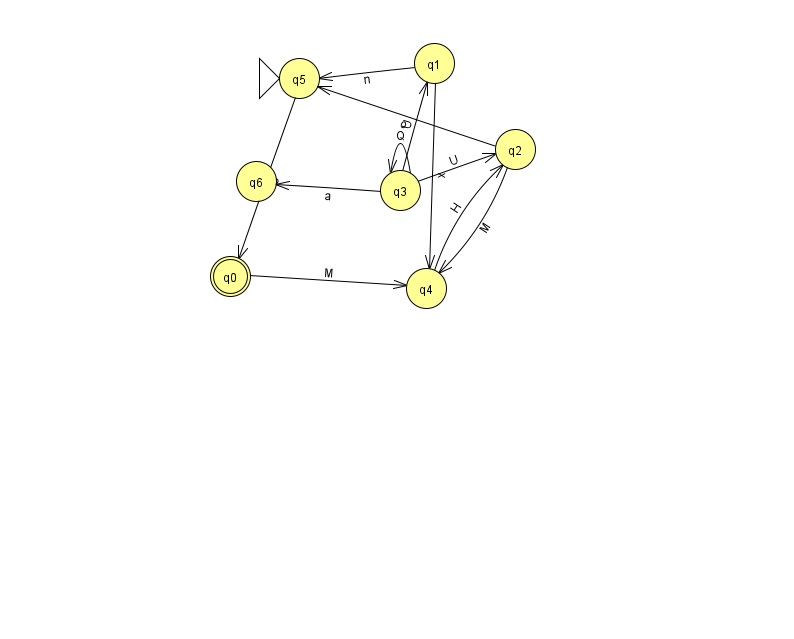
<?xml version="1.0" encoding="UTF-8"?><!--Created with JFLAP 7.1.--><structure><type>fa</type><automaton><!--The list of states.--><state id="0" name="q0"><x>230.0</x><y>263.0</y><final/></state><state id="1" name="q1"><x>434.0</x><y>50.0</y></state><state id="2" name="q2"><x>515.0</x><y>136.0</y></state><state id="3" name="q3"><x>400.0</x><y>177.0</y></state><state id="4" name="q4"><x>426.0</x><y>275.0</y></state><state id="5" name="q5"><x>299.0</x><y>65.0</y><initial/></state><state id="6" name="q6"><x>256.0</x><y>168.0</y></state><!--The list of transitions.--><transition><from>3</from><to>3</to><read>Q</read></transition><transition><from>0</from><to>4</to><read>M</read></transition><transition><from>3</from><to>1</to><read>U</read></transition><transition><from>3</from><to>6</to><read>a</read></transition><transition><from>4</from><to>2</to><read>H</read></transition><transition><from>2</from><to>4</to><read>M</read></transition><transition><from>2</from><to>5</to><read>o</read></transition><transition><from>1</from><to>4</to><read>x</read></transition><transition><from>3</from><to>2</to><read>U</read></transition><transition><from>1</from><to>5</to><read>n</read></transition><transition><from>5</from><to>0</to><read>S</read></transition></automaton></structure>